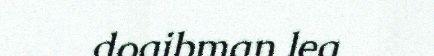
doaibman lea